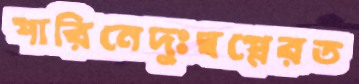
পারিনেদুঃস্বপ্নেরত